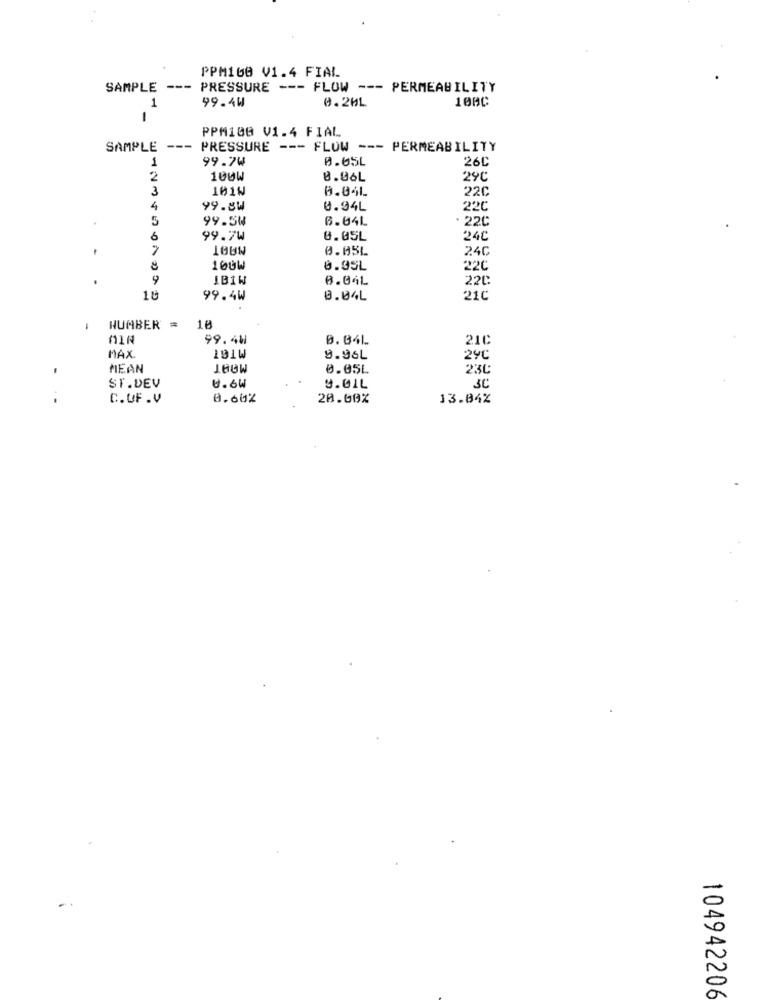
PPM100 V1.4 FIAL
SAMPLE ---
PRESSURE --- FLOW --- PERMEABILITY
1
99.4W
0.20L
100C
PPM100 V1.4 FIAL
SAMPLE --- PRESSURE --- FLOW --- PERMEABILITY
99.7W
0.05L
26C
1
2
100W
B.06L
29C
3
101W
0.04L
22C
4
99.8W
0.94L
22C
5
99.5W
6.04L
. 22C
6
99.7W
0.05L
24C
0.05L
24C
100W
0.95L
22C
9
IB1W
0.04L
22C
10
99.4W
0.04L
21C
NUMBER =
10
99.44
MTGT
0.04L
21C
MAX
9.96L
290
MEAN
JAGW
0.05L
230
3C
ST.DEV
6.6W
9.01L
C.UF .V
0.60%
20.00%
13.84%
104942206